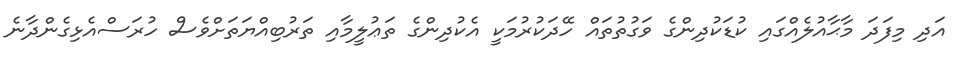
އަދި މިފަދަ މާޙާއުލެއްގައި ކުޑަކުދިންގެ ވަގުތުތައް ހޭދަކުރުމަކީ އެކުދިންގެ ތަޢުލީމާއި ތަރުބިއްޔަތަށްވެސް ހުރަސްއެޅިގެންދާނެ